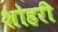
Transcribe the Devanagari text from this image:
शोहरी